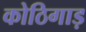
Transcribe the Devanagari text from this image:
कोठिगाड़